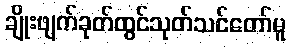
ချိုးဖျက်ခုတ်ထွင်သုတ်သင်တော်မူ